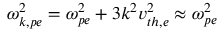
\omega _ { k , p e } ^ { 2 } = \omega _ { p e } ^ { 2 } + 3 k ^ { 2 } v _ { t h , e } ^ { 2 } \approx \omega _ { p e } ^ { 2 }